Indian journal of veterinary science and animal husbandry - Volume 12,
Year: 1942
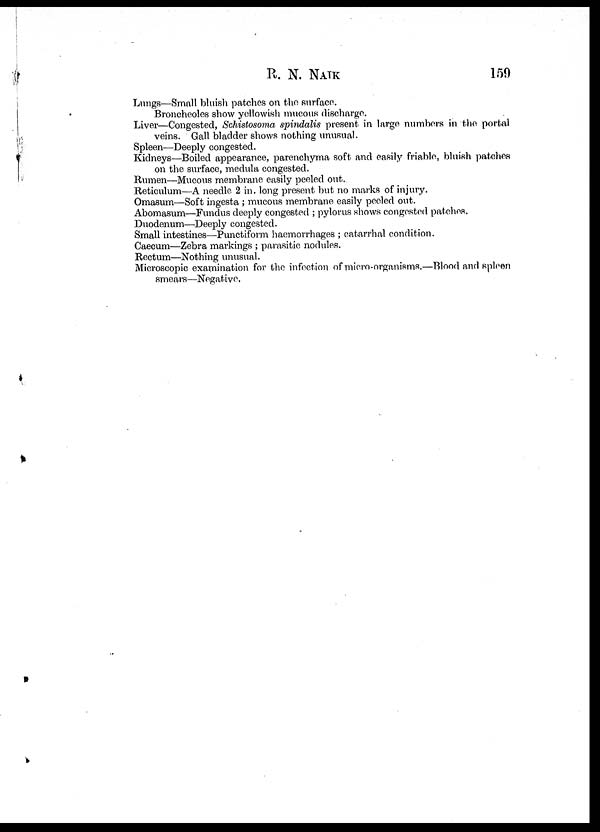
R. N. NAIK 159
Lungs—Small bluish patches on the surface.
Broncheoles show yellowish mucous discharge.
Liver—Congested, Schistosoma spindalis present in large numbers in the portal
veins. Gall bladder shows nothing unusual.
Spleen—Deeply congested.
Kidneys—Boiled appearance, parenchyma soft and easily friable, bluish patches
on the surface, medula congested.
Rumen—Mucous membrane easily peeled out.
Reticulum—A needle 2 in. long present but no marks of injury.
Omasum—Soft ingesta ; mucous membrane easily peeled out.
Abomasum—Fundus deeply congested ; pylorus shows congested patches.
Duodenum—Deeply congested.
Small intestines—Punctiform haemorrhages ; catarrhal condition.
Caecum—Zebra markings ; parasitic nodules.
Rectum—Nothing unusual.
Microscopic examination for the infection of micro-organisms.—Blood and spleen
smears—Negative.